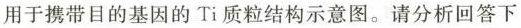
用于携带目的基因的Ti质粒结构示意图。请分析回答下